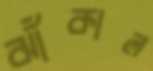
ঝাঁকাল